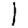
Digit: 1